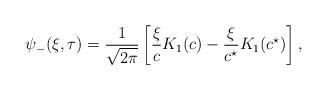
LaTeX: \begin{align*}\psi_{-}(\xi, \tau) = \frac{1}{\sqrt{2\pi}} \left[\frac{\xi}{c} K_{1}(c) - \frac{\xi}{c^{\star}} K_{1}(c^{\star})\right],\end{align*}